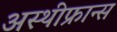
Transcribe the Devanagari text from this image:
अस्थीफ्रान्स